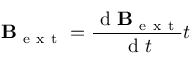
\mathbf { B } _ { \mathrm { ~ e ~ x ~ t ~ } } = \frac { \mathrm { ~ d ~ } \mathbf { B } _ { \mathrm { ~ e ~ x ~ t ~ } } } { \mathrm { ~ d ~ } t } t